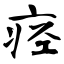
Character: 痉